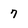
Character: 7